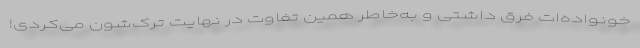
خونواده‌ات فرق داشتی و به‌خاطر همین تفاوت در نهایت ترک‌شون می‌کردی!